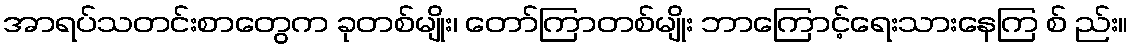
အာရပ်သတင်းစာတွေက ခုတစ်မျိုး၊ တော်ကြာတစ်မျိုး ဘာကြောင့်ရေးသားနေကြ စ် ည်း။